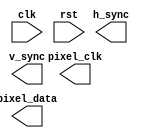
module VGA_Controller (
  input wire clk,                 // clock input
  input wire rst,                 // reset input
  output wire h_sync,             // horizontal sync signal
  output wire v_sync,             // vertical sync signal
  output wire pixel_clk,          // pixel clock signal
  output reg [7:0] pixel_data     // pixel data output
);

// Timing signal generation modules
// Implement here

// Pixel data storage and output module
// Implement here

endmodule